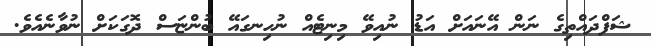
ޝަފްދައްތިގެ ނަން އޭނައަށް އަޑު ނުއިވޭ މިނިޓެއް ނުހިނގައޭ ބުންޏަސް ދޮގަކަށް ނުވާނެއެވެ.